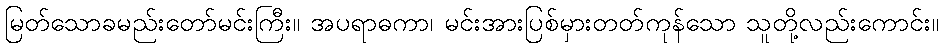
မြတ်သောခမည်းတော်မင်းကြီး။ အပရာဓကာ၊ မင်းအားပြစ်မှားတတ်ကုန်သော သူတို့လည်းကောင်း။